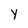
Character: y